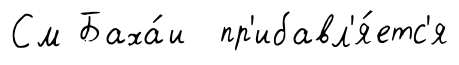
См Баха́и пр'ибавл'я́етс'я